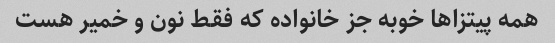
همه پیتزاها خوبه جز خانواده که فقط نون و خمیر هست